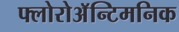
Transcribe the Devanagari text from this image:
फ्लोरोअॅन्टिमनिक